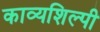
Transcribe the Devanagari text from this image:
काव्यशिल्पी